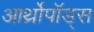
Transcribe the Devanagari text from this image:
आर्थ्रोपॉड्स